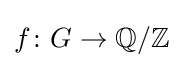
f\colon G\to \mathbb {Q} /\mathbb {Z}